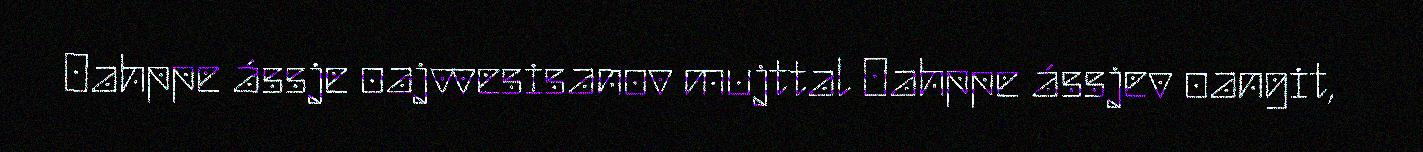
Oahppe ássje oajvvesisanov mujttal Oahppe ássjev oangit,